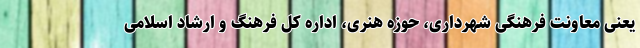
یعنی معاونت فرهنگی شهرداری، حوزه هنری، اداره کل فرهنگ و ارشاد اسلامی